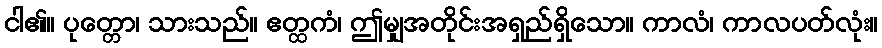
ငါ၏။ ပုတ္တော၊ သားသည်။ ဧတ္ထကံ၊ ဤမျှအတိုင်းအရှည်ရှိသော။ ကာလံ၊ ကာလပတ်လုံး။